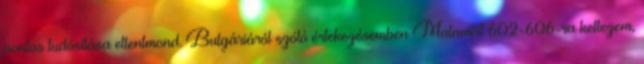
pontos tudósítása ellentmond. Bulgáriáról szóló értekezésemben Malamirt 602-606-ra keltezem,